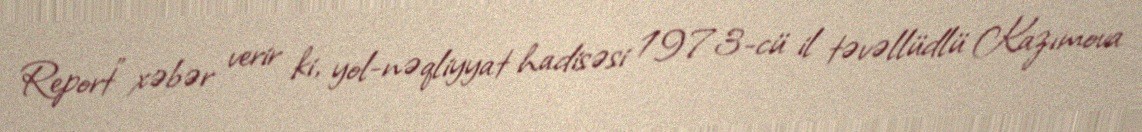
Report" xəbər verir ki, yol-nəqliyyat hadisəsi 1973-cü il təvəllüdlü Kazımova